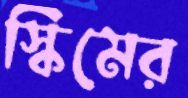
স্কিমের